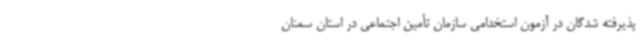
پذیرفته شدگان در آزمون استخدامی سازمان تأمین اجتماعی در استان سمنان